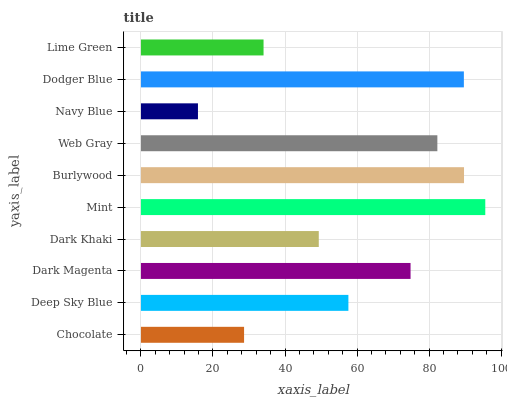
| yaxis_label | bars |
 | --- | --- |
 | Chocolate | 28.6 |
 | Deep Sky Blue | 57.6 |
 | Dark Magenta | 74.9 |
 | Dark Khaki | 49.4 |
 | Mint | 95.6 |
 | Burlywood | 89.7 |
 | Web Gray | 82.3 |
 | Navy Blue | 15.8 |
 | Dodger Blue | 89.7 |
 | Lime Green | 34 |